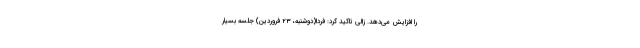
را افزایش می‌دهد. زالی تاکید کرد: فردا(دوشنبه، ۲۳ فروردین) جلسه بسیار